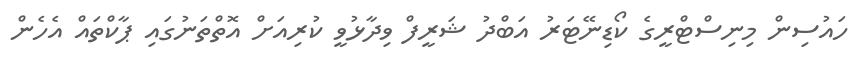
ހައުސިން މިނިސްޓްރީގެ ކޯޑިނޭޓަރު އަބްދު ޝަރީފް ވިދާޅުވީ ކުރިއަށް އޮތްތަނުގައި ޕާކްތައް އެހެން